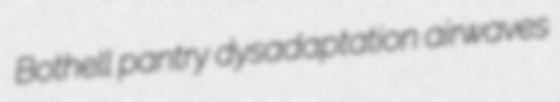
Bothell pantry dysadaptation airwaves